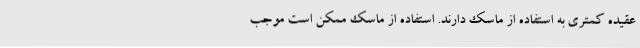
عقیده کمتری به استفاده از ماسک دارند. استفاده از ماسک ممکن است موجب